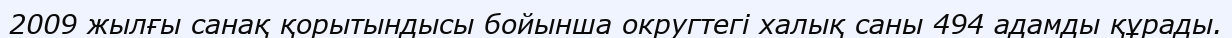
2009 жылғы санақ қорытындысы бойынша округтегі халық саны 494 адамды құрады.